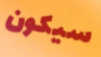
سيكون